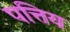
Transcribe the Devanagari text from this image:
पत्तिय